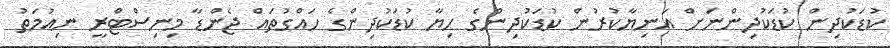
ކުޑަކުދިން ކުޑަކުދިންނަށް އަނިޔާކުރުން ކުޑަކުދިންގެ ހިޔާ ކުޑަކުދިންގެ ހައްގުތައް ޖެންޑާ މިނިސްޓްރީ ނިއުމަތު